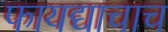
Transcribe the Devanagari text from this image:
फायद्याचाच